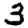
Digit: 3